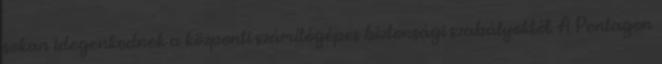
sokan idegenkednek a központi számítógépes biztonsági szabályoktól. A Pentagon